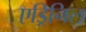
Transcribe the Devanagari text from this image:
एड्रिनिल